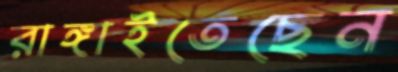
রাঙ্গাইতেছেন